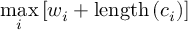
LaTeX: \operatorname* { m a x } _ { i } \left[ w _ { i } + \mathrm { l e n g t h } \left( c _ { i } \right) \right]